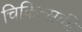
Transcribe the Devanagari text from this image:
चिकित्सकी